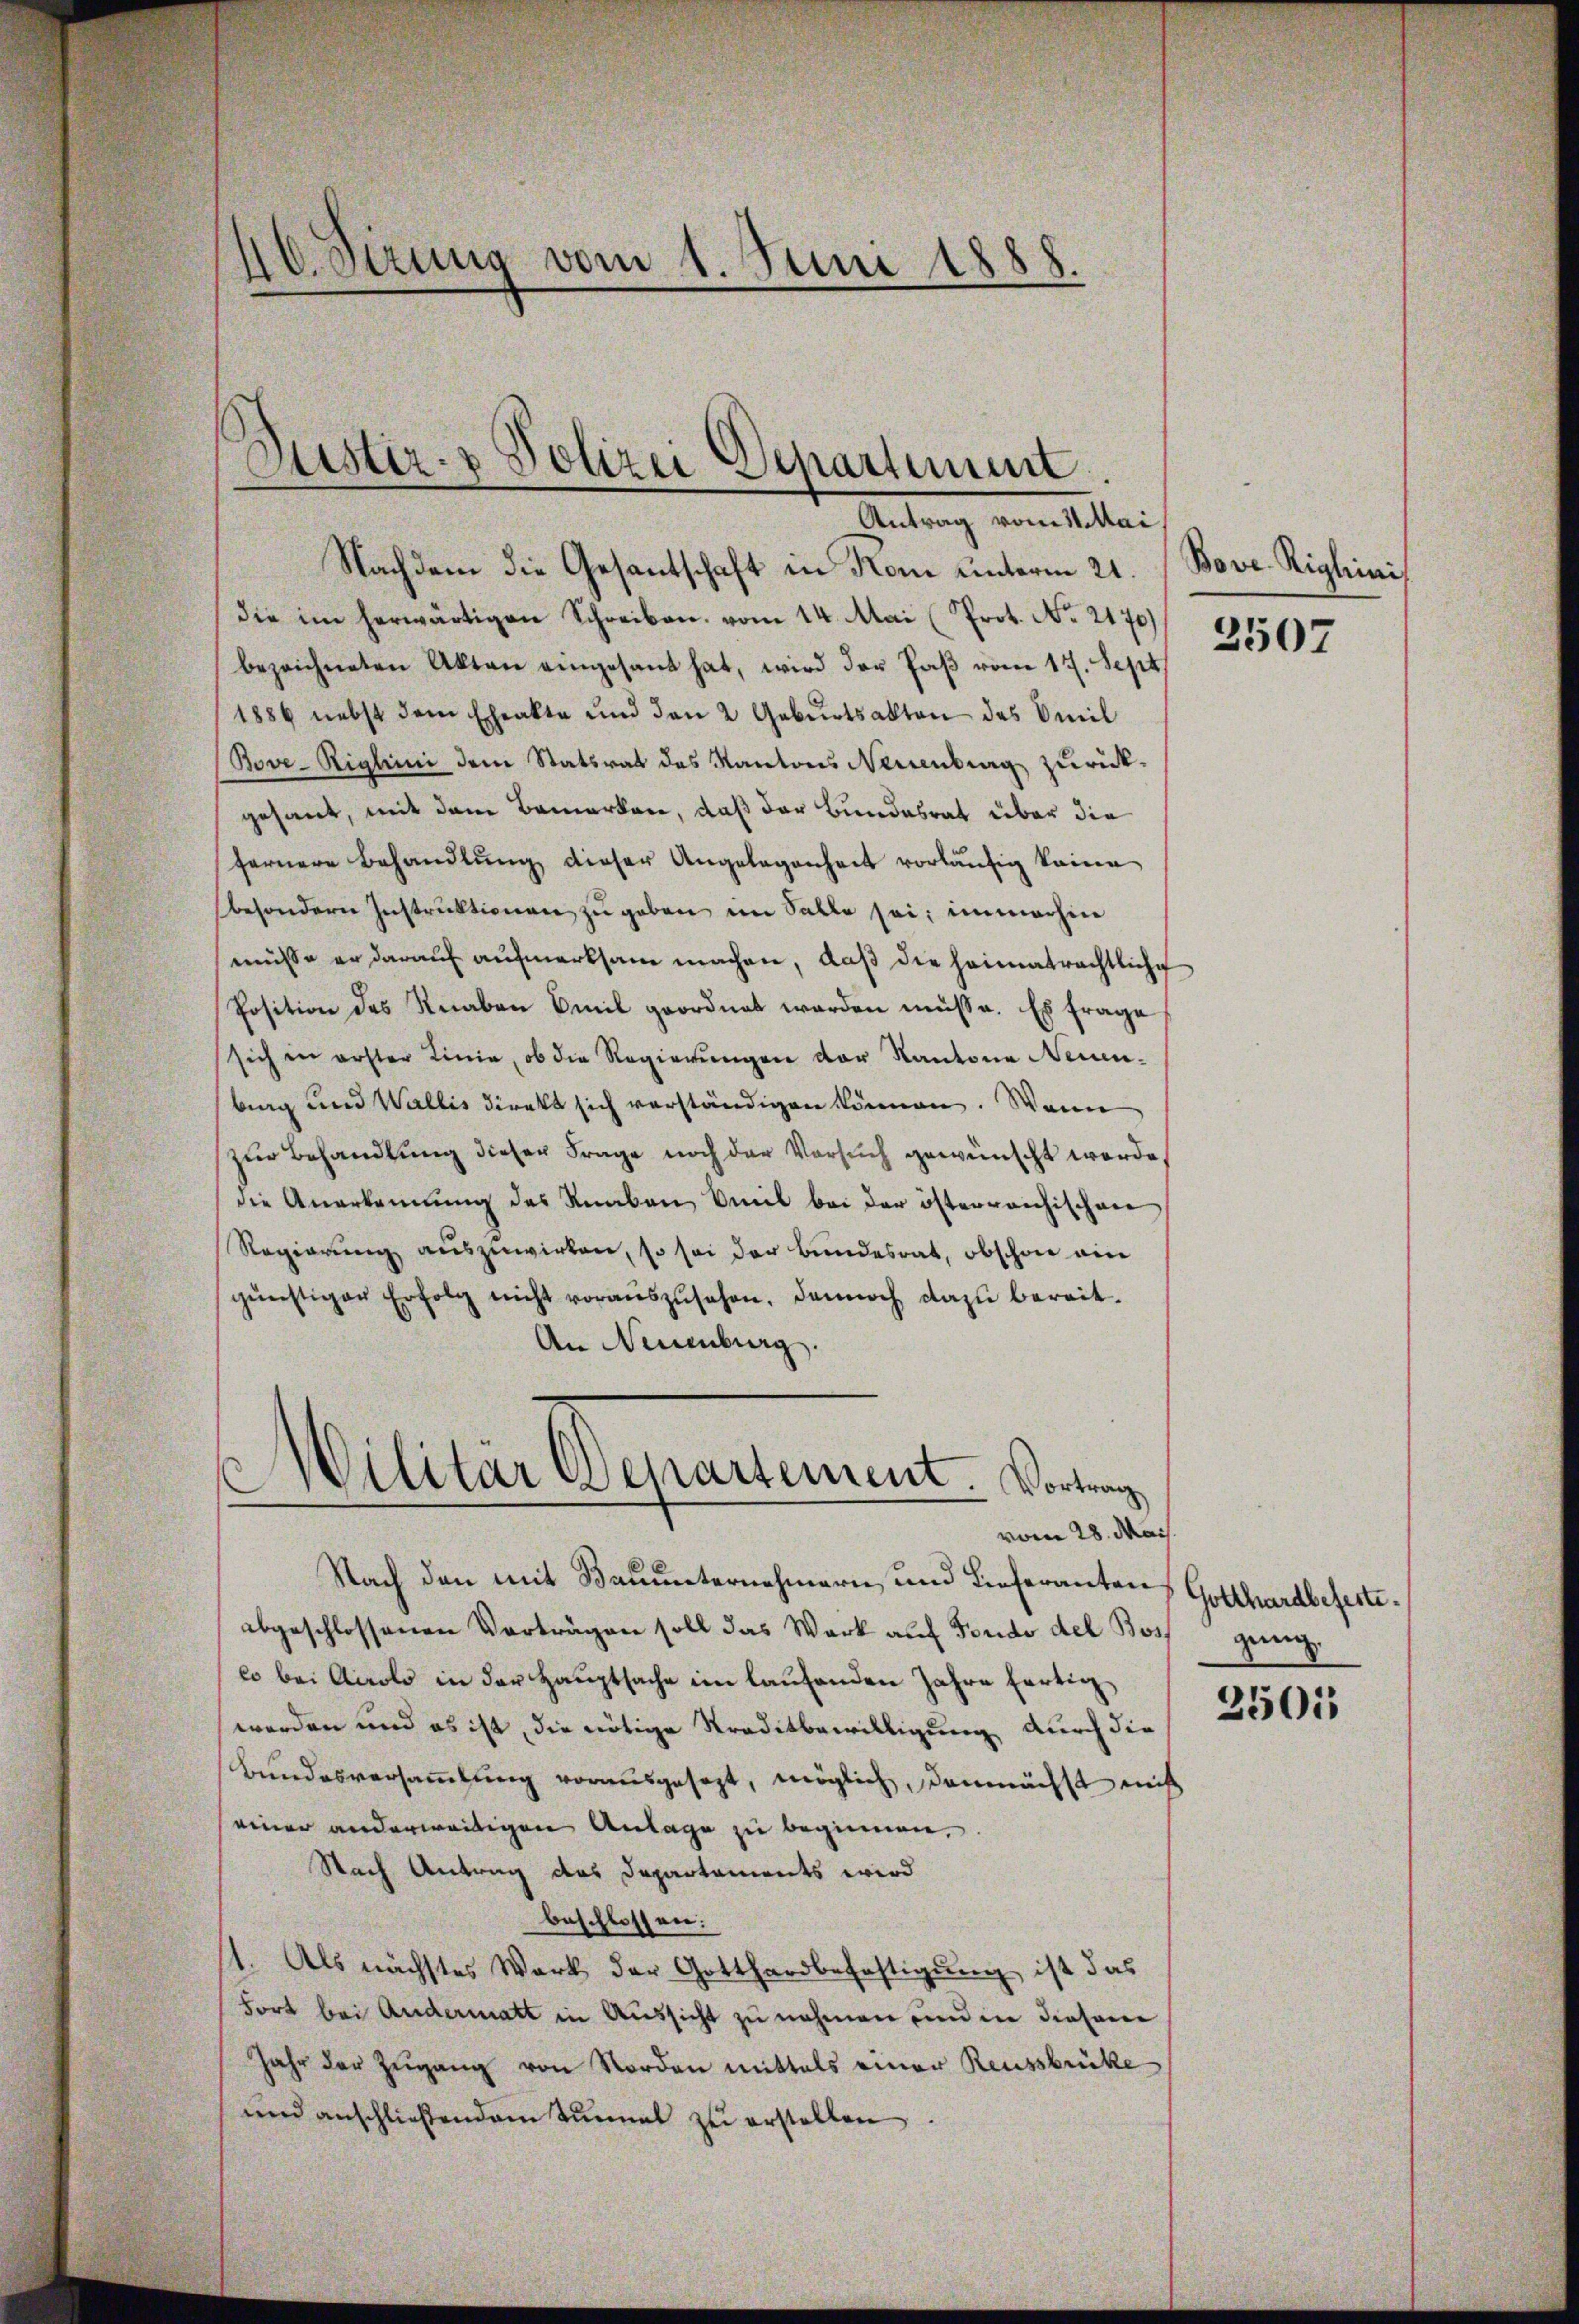
10. Sezung vom 1. Juni 1888.

Dustiz- & Polizei Separtiment.
Antrag vom 11. Mai

vom 28. Mai

Nachdem die Gesantschaft in Koni unterm 21.
die im herwärtigen Schreiben vom 14. Mai (Prot. No. 2170)
bezeichneten Akten eingesant hat, wird der Paß vom 17. Sept.
1886 nebst dem Eheakte und den 2 Gebŭrtsakten des Omil
Bove-Riglini dem Statsrat des Kantons Neuenbrag zurück-
gesant, mit dem Bemerken, daß der Bundesrat über die
fernere Behandlung dieser Angelegenheit vorläufig keine
besondern Instruktionen zu geben im Salle sei; in machine
müsse er darauf aufmerksam machen, daß die heimatrechtliche
Position des Knaben Emil geordnet werden müsse. Es frage
sich in erster Linie, ob die Regierungen der Kantone Neuenbing und Wallis direkt sich verständigen können. Wenn
zur Behandlung dieser Frage noch der Versuch gewünscht werde,
die Anerkennung des Knaben Emil bei der österreichischen
Regierŭng auszuwirken, so sei der Bundesrat, obschon ein
günstiger Erfolg nicht voraŭszŭsehen, dennoch dazu bereit¬
An Neuenburg.
Wilitär Departement. Vortrag
e
i

Nach den mit Bauunternehmern und Lieferanten
abgeschlossenen Verträgen soll das Werk auf Fondo del Boss
co bei Accolo in der Hauptsache im laufenden Jahre fertig
werden und es ist, die nötige Traditbewilligung durch die
Bundesversammlung vorausgesezt, möglich, demnächst nicht
einer anderweitigen Anlage zu beginnen,
Nach Antrag des Departements wird
beschlossen:
1. Als nächstes Werk der Gotthardbefestigung ist das
Fort bei Andermatt in Aussicht zu nehmen und in diesem
Jahr der Zŭgang von Norden mittels einer Reussbrücke
und anschlieβendem Tunnel zŭ erstellen.

Bove Righinis

2507

Gotthardbefeste
gung

2501